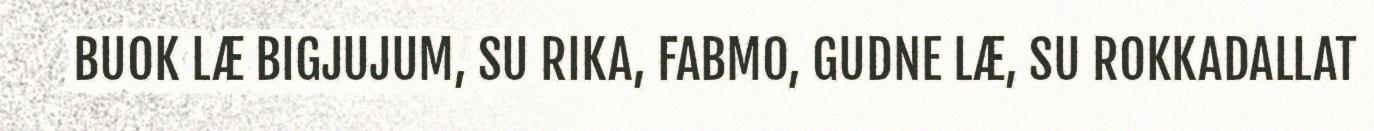
BUOK LÆ BIGJUJUM, SU RIKA, FABMO, GUDNE LÆ, SU ROKKADALLAT